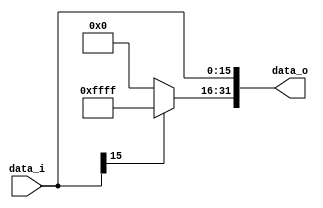
//Subject:     CO project 2 - Sign extend
//--------------------------------------------------------------------------------
//Version:     1
//--------------------------------------------------------------------------------
//Writer:      0416111 0540112
//----------------------------------------------
//Date:        
//----------------------------------------------
//Description: 
//--------------------------------------------------------------------------------

module Sign_Extend(
    data_i,
    data_o
    );
               
//I/O ports
input   [16-1:0] data_i;
output  [32-1:0] data_o;

//Internal Signals
reg     [32-1:0] data_o;
//Sign extended
always@(data_i)begin
data_o[15:0]<=data_i[15:0];
if(data_i[15]==1)
	data_o[31:16]<=16'hffff;
else
	data_o[31:16]<=16'h0000;
end

          
endmodule